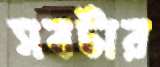
সবটার